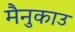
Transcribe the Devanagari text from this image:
मैनुकाउ